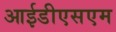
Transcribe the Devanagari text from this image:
आईडीएसएम